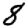
Digit: 8